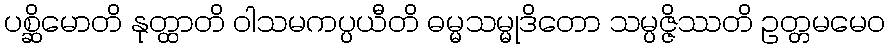
ပစ္ဆိမောတိ နုတ္ထာတိ ဝါသမကပ္ပယီတိ ဓမ္မသမ္မုဒိတော သမ္ပဇ္ဇိဿတိ ဥတ္တမမေဝ